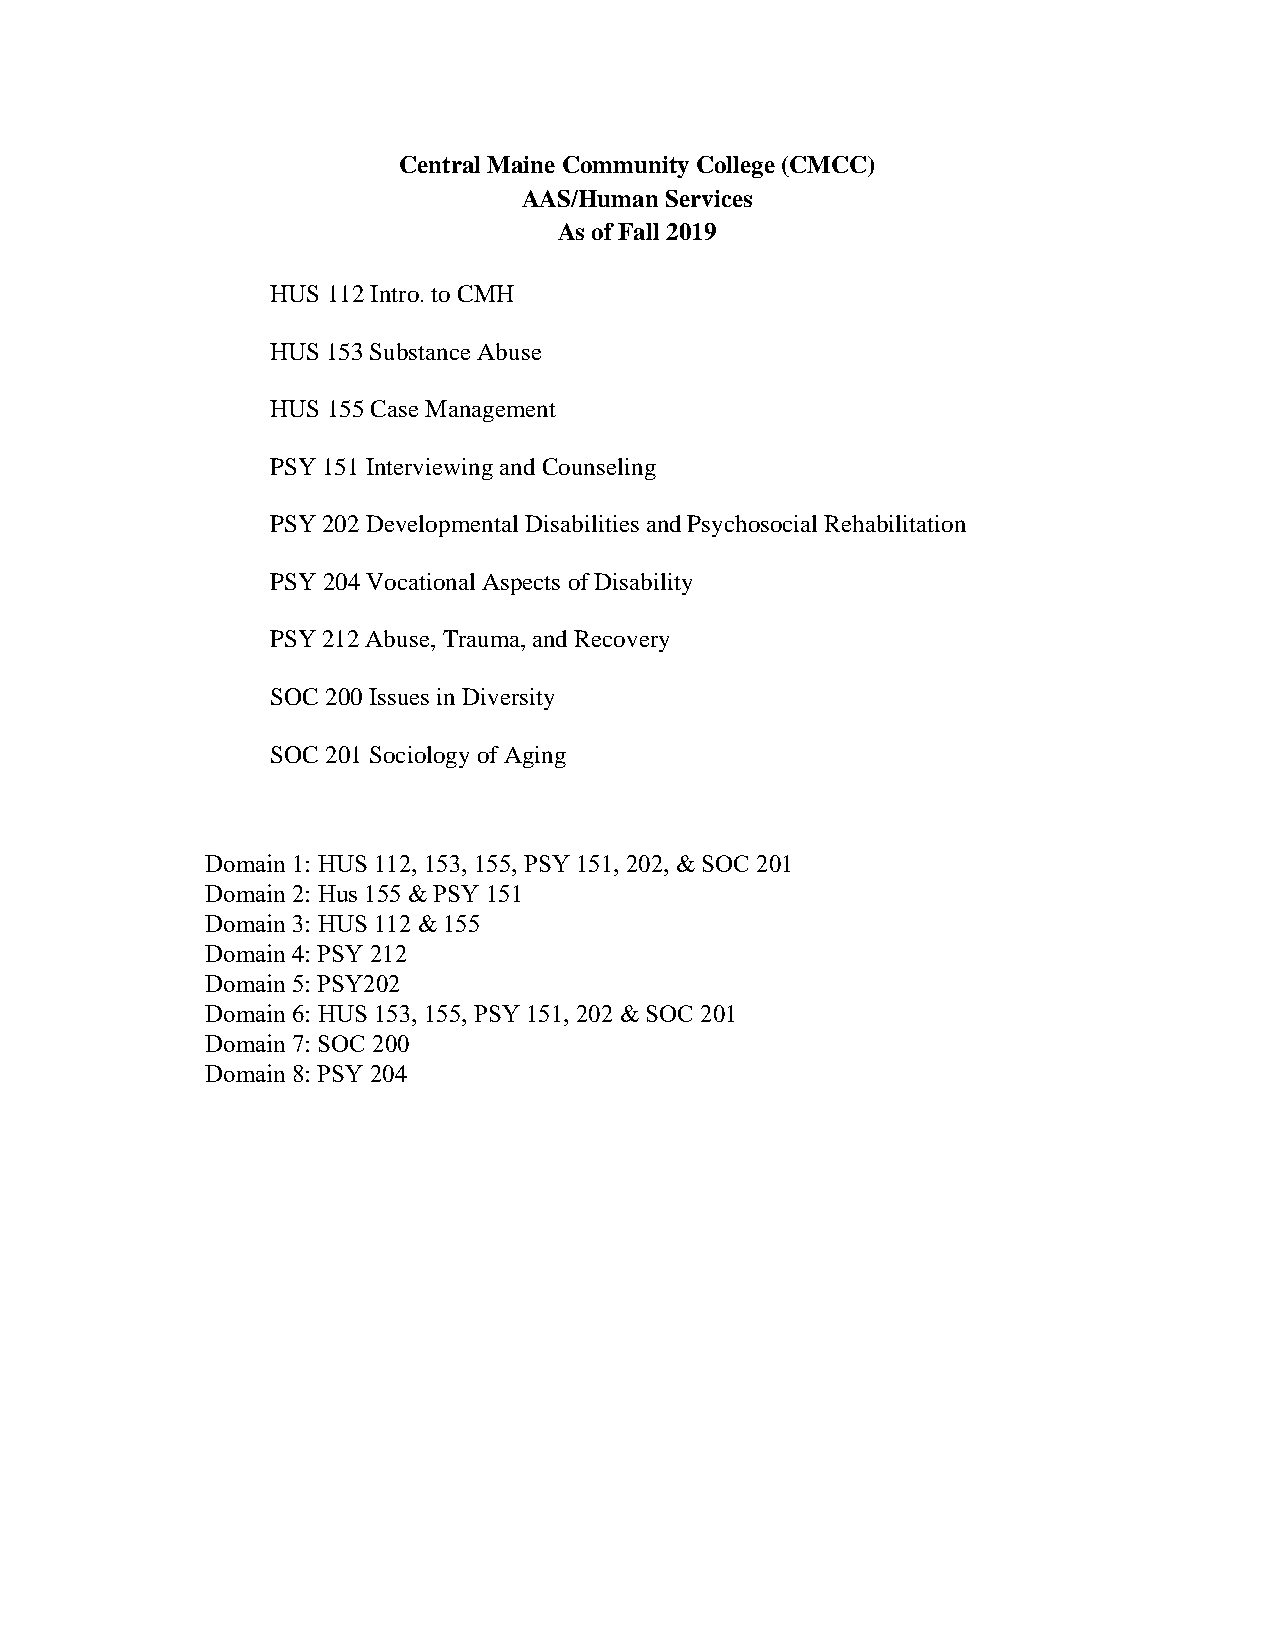
Central Maine Community College (CMCC)
 AAS/Human Services
 As of Fall 2019
 HUS 112 Intro. to CMH
 HUS 153 Substance Abuse
 HUS 155 Case Management
 PSY 151 Interviewing and Counseling
 PSY 202 Developmental Disabilities and Psychosocial Rehabilitation
 PSY 204 Vocational Aspects of Disability
 PSY 212 Abuse, Trauma, and Recovery
 SOC 200 Issues in Diversity
 SOC 201 Sociology of Aging
 Domain 1: HUS 112, 153, 155, PSY 151, 202, & SOC 201
 Domain 2: Hus 155 & PSY 151
 Domain 3: HUS 112 & 155
 Domain 4: PSY 212
 Domain 5: PSY202
 Domain 6: HUS 153, 155, PSY 151, 202 & SOC 201
 Domain 7: SOC 200
 Domain 8: PSY 204